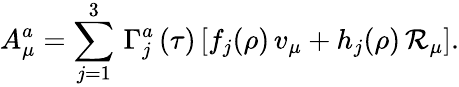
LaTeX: A_{\mu}^{a}=\sum_{j=1}^{3}\, \Gamma_{j}^{a}\, (\tau)\, [f_{j}(\rho)\, v_{\mu}+h_{j}(\rho)\, \mathcal{R}_{\mu}].